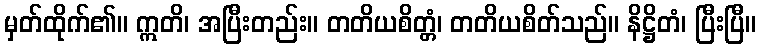
မှတ်ထိုက်၏။ ဣတိ၊ အပြီးတည်း။ တတိယစိတ္တံ၊ တတိယစိတ်သည်။ နိဋ္ဌိတံ၊ ပြီးပြီ။